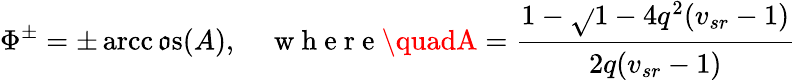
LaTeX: \Phi^{\pm}=\pm\operatorname{arcc\mathfrak{o}s}(A),\quad\mathrm{{~w~h~e~r~e~}}\quadA=\cfrac{1-\sqrt{}{{1-4q^{2}(v_{sr}-1)}}}{2q(v_{sr}-1)}